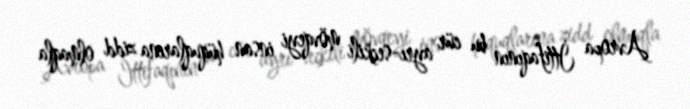
Avropa İttifaqının bu cür ayrı-seçkili mövqeyi insan hüquqlarına zidd olmaqla